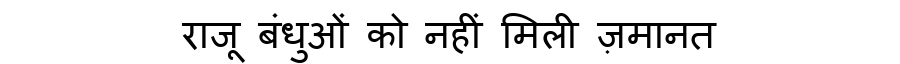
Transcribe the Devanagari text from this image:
राजू बंधुओं को नहीं मिली ज़मानत